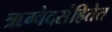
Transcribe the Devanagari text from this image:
ऋग्वेदसंहितेत